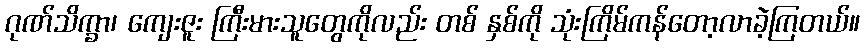
ဂုဏ်သိက္ခာ၊ ကျေးဇူး ကြီးမားသူတွေကိုလည်း တစ် နှစ်ကို သုံးကြိမ်ကန်တော့လာခဲ့ကြတယ်။